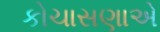
કોચાસણાએ